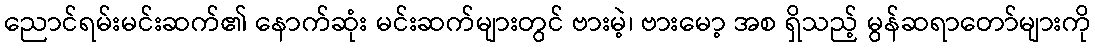
ညောင်ရမ်းမင်းဆက်၏ နောက်ဆုံး မင်းဆက်များတွင် ဗားမဲ့၊ ဗားမော့ အစ ရှိသည့် မွန်ဆရာတော်များကို